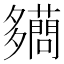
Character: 𧃪